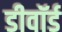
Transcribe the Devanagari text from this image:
डीवॉर्ड